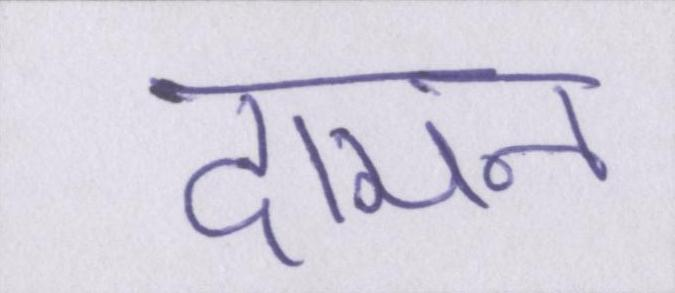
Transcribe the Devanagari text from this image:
दामन